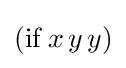
(\mathrm {if} \,x\,y\,y)